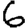
Digit: 6